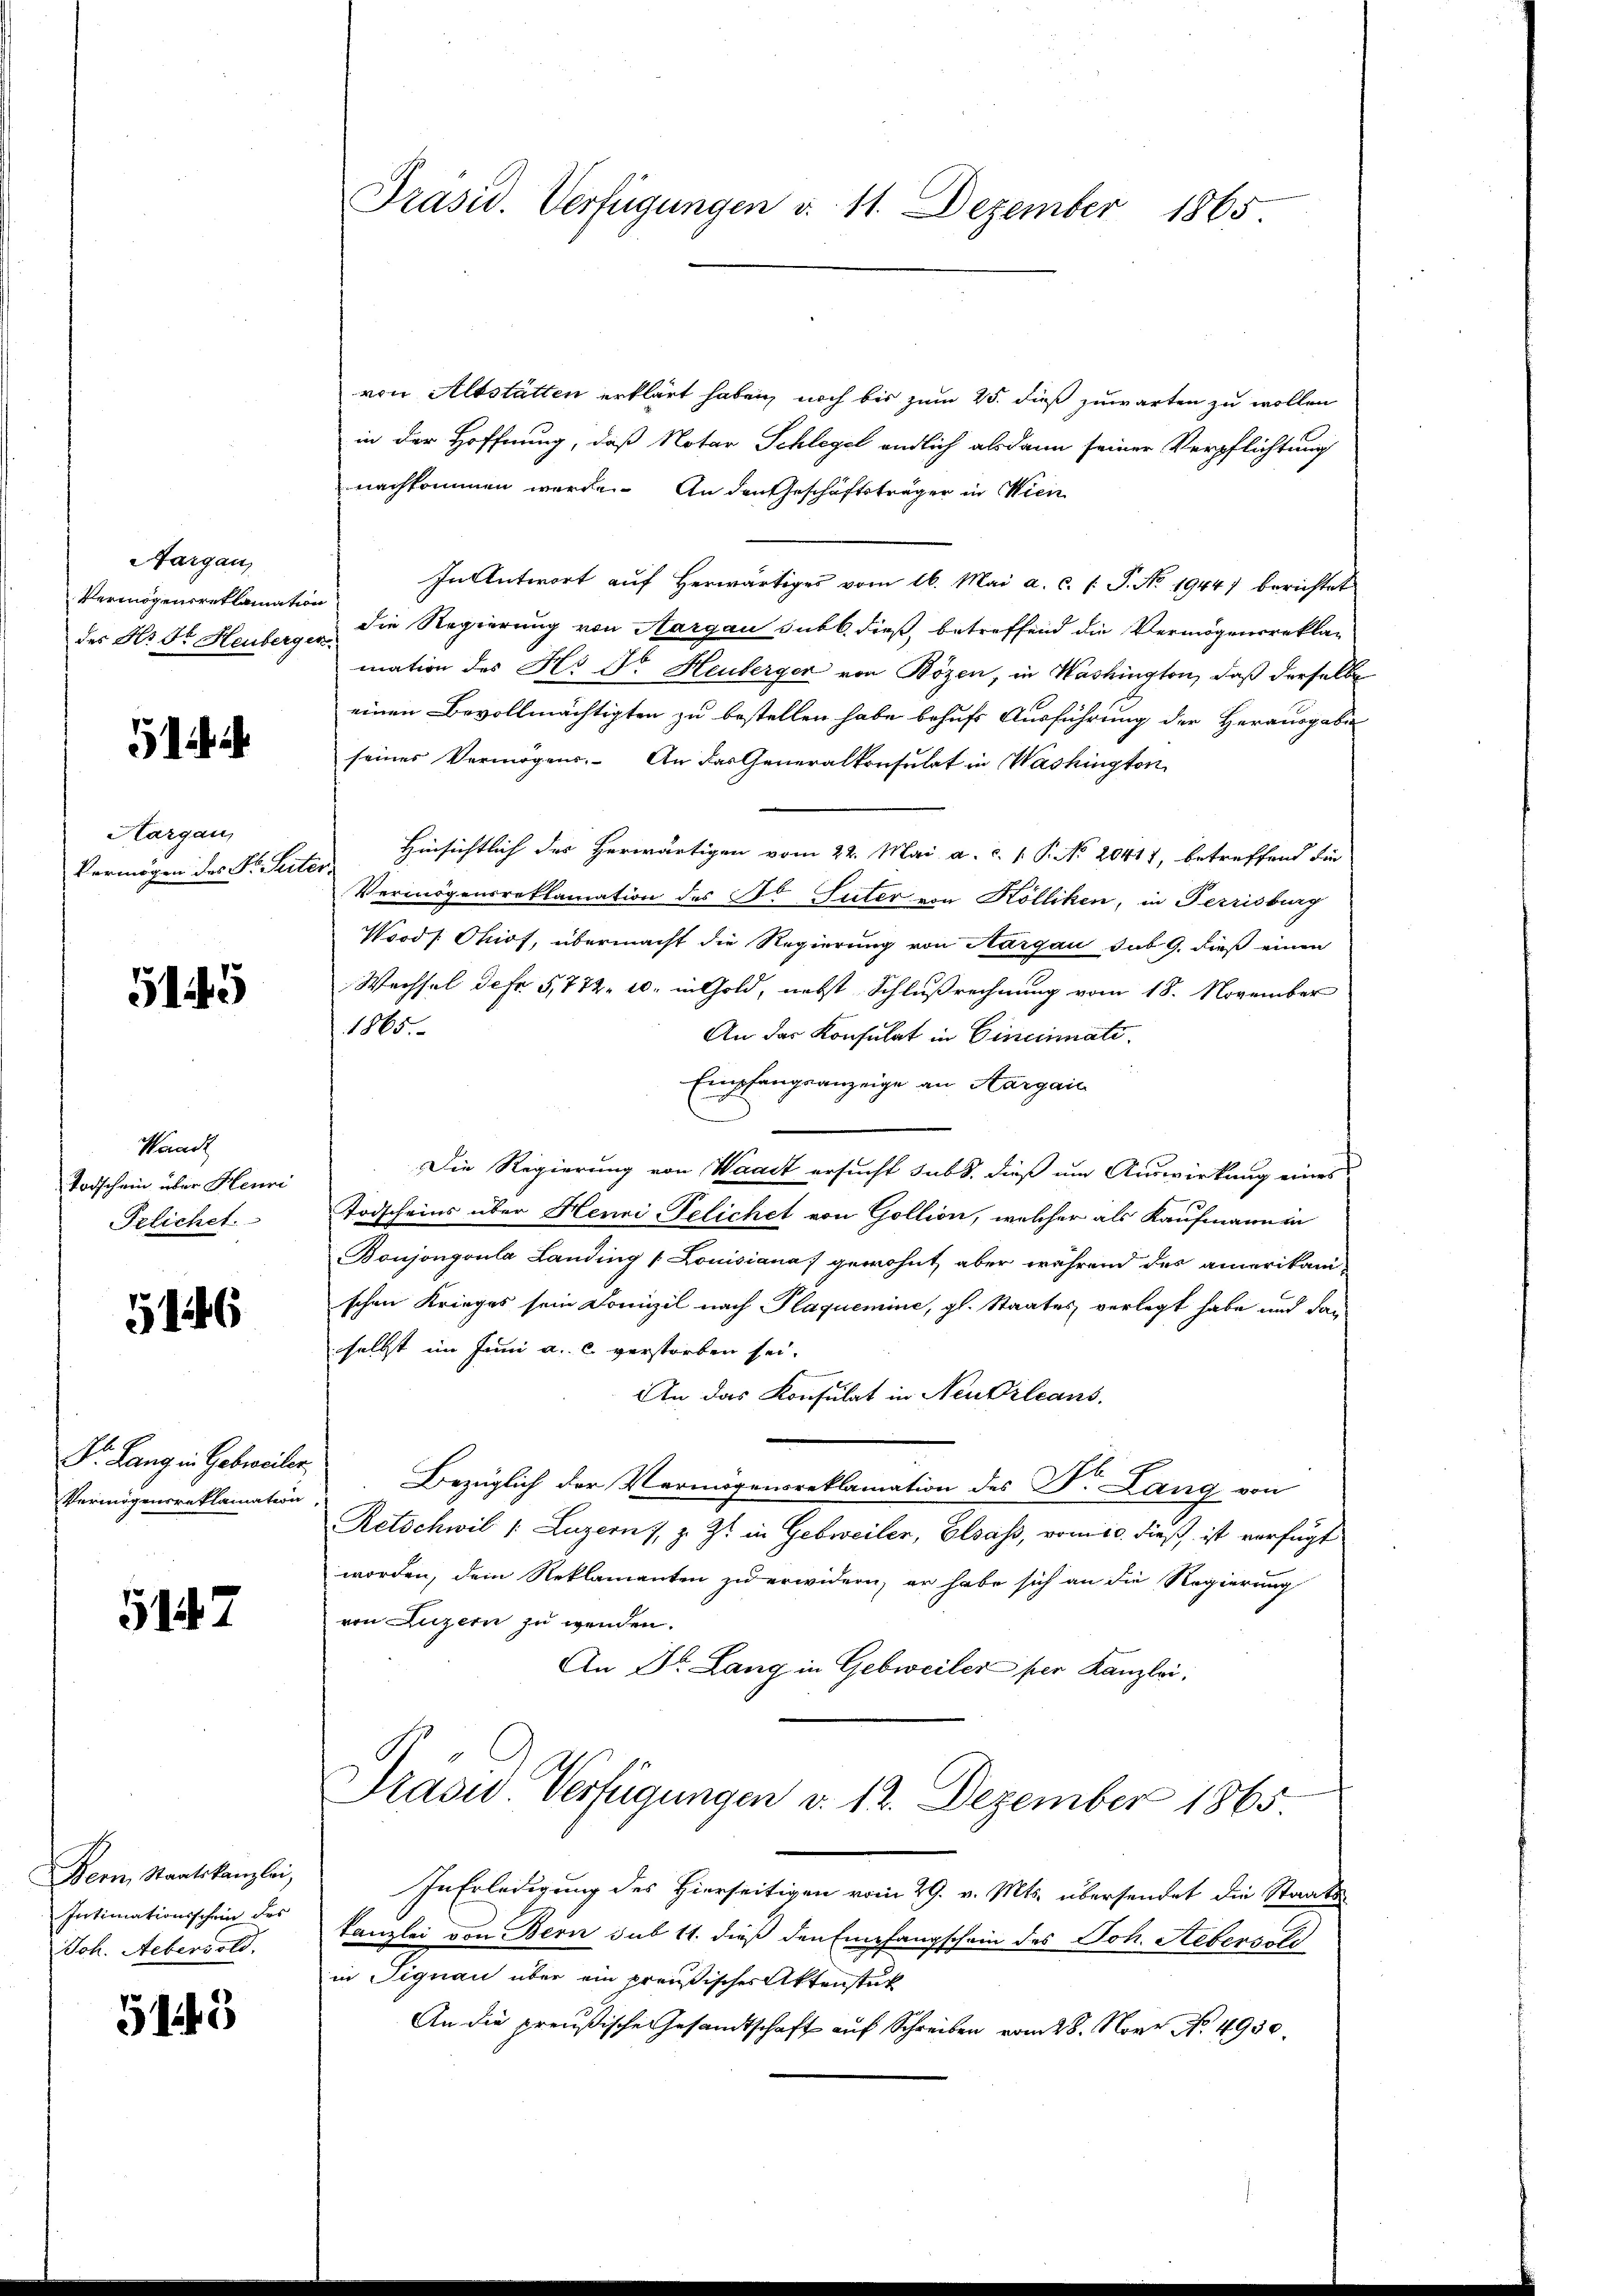
Aargau,
Vermögensreklamation

5

Aargau,

5145

Waadt
Todschein über Henri
Frlichet.

5146

Vermögensreklamation

5147

Bern, Staatskanzlei,
Intimationsschein des
Joh. Aebersold.

515

Präsid. Verfügungen d. 11. Dezember 1865

von Altstätten erklärt haben, noch bis zum 25. dieß zuwarten zu wollen
in der Hoffnung, daß Notar Schlegel endlich alsdann seiner Verpflichtung
nachkommen werde. An den Geschäftsträger in Wien
In Antwort aŭf herwärtiges vom 16. Mai a. c. /: P. No. 1944) berichtet
des Hr. Dr. Heuberg - die Regierung von Aargau sub b. dieß, betreffend die Vermögensreklag
mation des Hr Dr. Heuberger von Bözen, in Washington, daß derselbe
einen Bevollmächtigten zu bestellen habe behufs Ausführung der Herausgabe
seines Vermögens. An das Generalkonsulat in Washington
Vermögen des No. Seiter Hinsichtlich der Herwärtigen vom 22. Mai a. c. 1. P. No. 20411, betreffend die
Vermögensreklamation des Dr Suter von Kölliken, in Terrisburg
Word Ohiof, übermacht die Regierung von Aargau sub 9. dieß einen
Wechsel defr 5,772. 10. in Gold, nebst Schlußrechnung vom 18. November
1865.
An der Konsulat in Cincinati
Empfangsanzeige an Aargau
Die Regierung von Waadt ersucht subt. dieß um Auswirkung eines
Todscheins über Henri Felichet von Gollion, welcher als Kaufmann in
Bonjongoula Landing (Louisiana gewohnt, aber während des amerikani-
schen Krieges sein Domizil nach Plaquemine, gl. Staates verlegt habe und dan
selbst im Juni a. c. verstorben sei.
An das Konsulat in Neubileans
Dr. Lang in Gebreiter Bezüglich der Vermögensreklamation des Dr. Lang von
Retschwil /: Luzern), z. Zt. in Gebweiler, Elsass, vom io. dieß ist verfügt
worden, dem Reklamanten zu erwidern, er habe sich an die Regierung
von Luzern zu wenden.
An Dr. Lang in Gebweiler per Kanzlei,
Präsid. Verfügungen v. 12. Dezember 1865.
In Erledigung des Hierseitigen vom 29. v. Mts. übersendet die Staats¬
Kanzlei von Bern sub 11. dieß den Empfangschein des Joh. Hebersold
in Signau über ein preußischer Aktenstück
An die preußische Gesandtschaft auf Schreiben vom 28. Nove No. 4930.